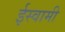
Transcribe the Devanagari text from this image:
ईस्वामी